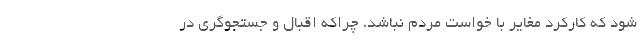
شود که کارکرد مغایر با خواست مردم نباشد، چراکه اقبال و جستجوگری در